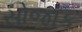
સોજાક